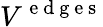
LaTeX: V^{\mathrm{~e~d~g~e~s~}}